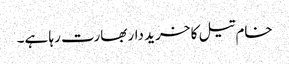
خام تیل کا خرید دار بھارت رہا ہے۔